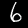
Label: 6